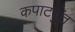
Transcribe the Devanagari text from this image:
कपाटयुत